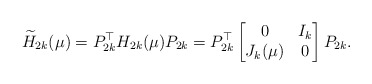
\begin{align*}\widetilde H_{2k}(\mu)=P_{2k}^\top H_{2k}(\mu) P_{2k}=P_{2k}^\top \begin{bmatrix} 0&I_k\\ J_k(\mu)&0 \end{bmatrix} P_{2k}.\end{align*}